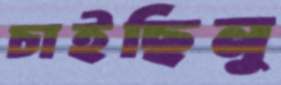
চাইছিনু